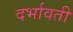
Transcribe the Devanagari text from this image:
दर्भावती